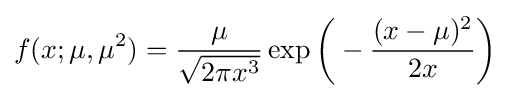
f(x;\mu ,\mu ^{2})={\frac {\mu }{\sqrt {2\pi x^{3}}}}\exp {\biggl (}-{\frac {(x-\mu )^{2}}{2x}}{\biggr )}